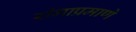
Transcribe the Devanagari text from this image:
रांगाप्रमाणे